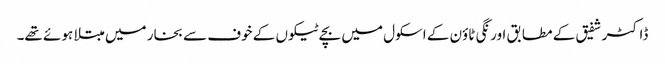
ڈاکٹر شفیق کے مطابق اورنگی ٹاؤن کے اسکول میں بچے ٹیکوں کے خوف سے بخار میں مبتلا ہوئے تھے۔